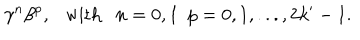
\gamma ^ { n } \beta ^ { p } , \mathrm { w i t h } n = 0 , 1 ~ ~ p = 0 , 1 , . . . , 2 k ^ { \prime } - 1 .